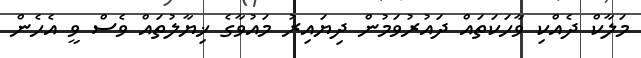
މަލާކް ދެއްކި ވާހަކަތައް ދައުރުވަމުން ދިޔައިރު މައުވާގެ ޚިޔާލުތައް ވެސް ވީ އެހެން